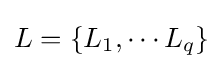
L=\{L_{1},\cdots L_{q}\}